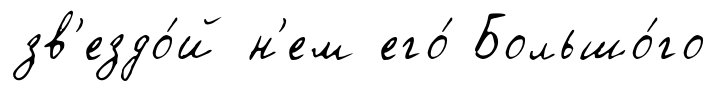
зв'ездо́й н'ем его́ Большо́го